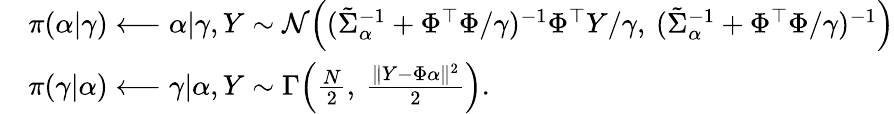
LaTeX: \begin{array}{rl}&{\pi(\alpha|\gamma)\longleftarrow\alpha|\gamma,Y\sim\mathcal{N}\Big((\tilde{\Sigma}_{\alpha}^{-1}+\Phi^{\top}\Phi/\gamma)^{-1}\Phi^{\top}Y/\gamma,\: (\tilde{\Sigma}_{\alpha}^{-1}+\Phi^{\top}\Phi/\gamma)^{-1}\Big)}\\ &{\pi(\gamma|\alpha)\longleftarrow\gamma|\alpha,Y\sim\Gamma\Big(\frac{N}{2},\: \frac{\| Y-\Phi\alpha\| ^{2}}{2}\Big).}\end{array}